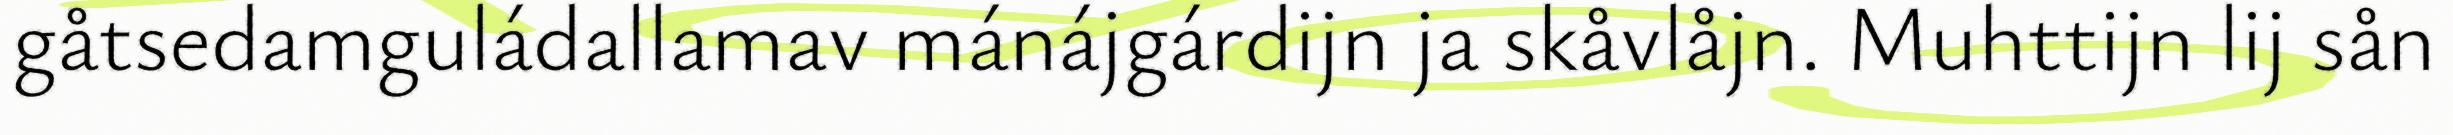
gåtsedamguládallamav mánájgárdijn ja skåvlåjn. Muhttijn lij sån